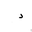
Letter: _dal